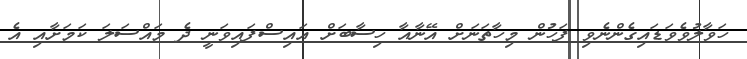
ހަވާލުވެވަޑައިގެންނެވި ފަހުން މިހާތަނަށް އޭނާއާ ހިސާބަށް އައިސްފައިވަނީ ދެ މައްސަލަ ކަމަށާއި އެ